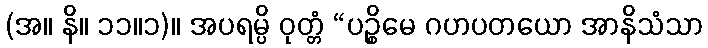
(အ။ နိ။ ၁၁။၁)။ အပရမ္ပိ ဝုတ္တံ “ပဉ္စိမေ ဂဟပတယော အာနိသံသာ